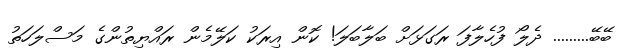
ބޭބޭ......... ދެލޯ ފުހެލާފަ ރަގަޅަށް ބަލާބަލަ! ކޮން އިރަކު ކަލޭމެން ރައްޔިތުންގެ މަސްލަހަތު